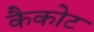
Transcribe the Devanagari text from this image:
कैकोट